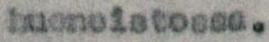
huoneistossa.